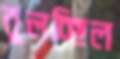
বুলচ্ছিল